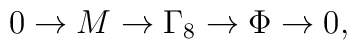
0 \to M \to \Gamma_8 \to \Phi \to 0,